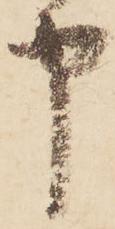
申